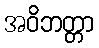
အဝိဘတ္တာ